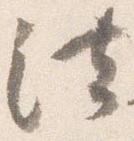
法